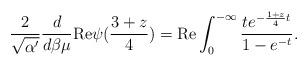
LaTeX: \begin{align*}\frac{2}{\sqrt{\alpha '}} \frac{d}{d\beta \mu}{\rm Re} \psi (\frac{3+z}{4}) = {\rm Re} \int _{0}^{-\infty}\frac{t e^{-\frac{1+z}{4}t}}{1-e^{-t}} .\end{align*}